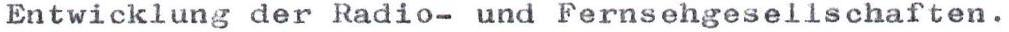
Entwicklung der Radio- und Fernsehgesellschaften.